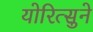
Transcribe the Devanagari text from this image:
योरित्सुने